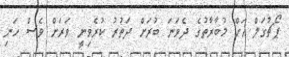
ޕޯޗުގަލް އަށް މުބާރާތުގެ ދެވަނަ ބުރަށް ދަތުރު ކުރެވިނީ ވަރަށް ވެސް ހަނި